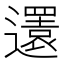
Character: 𨘣